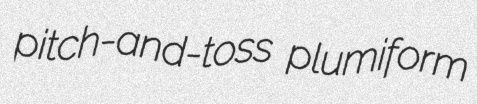
pitch-and-toss plumiform